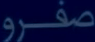
صفرو